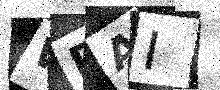
Text: WDAI